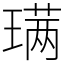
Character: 𫞩